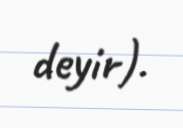
deyir).